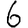
Digit: 6